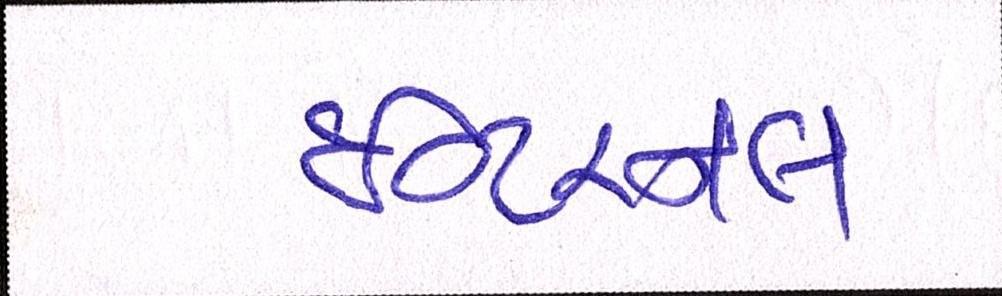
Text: ઇન્ટરનલ